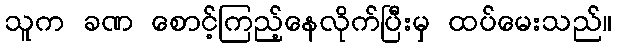
သူက ခဏ စောင့်ကြည့်နေလိုက်ပြီးမှ ထပ်မေးသည်။